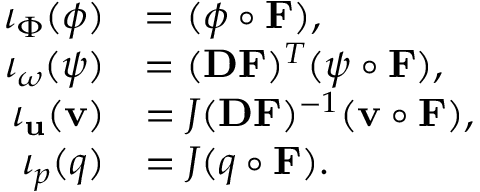
\begin{array} { r l } { \iota _ { \Phi } ( \phi ) } & { = ( \phi \circ \mathbf { F } ) , } \\ { \iota _ { \boldsymbol { \omega } } ( \boldsymbol { \psi } ) } & { = ( \mathbf { D F } ) ^ { T } ( \boldsymbol { \psi } \circ \mathbf { F } ) , } \\ { \iota _ { \mathbf { u } } ( \mathbf { v } ) } & { = J ( \mathbf { D F } ) ^ { - 1 } ( { \mathbf { v } \circ \mathbf { F } } ) , } \\ { \iota _ { p } ( q ) } & { = J ( q \circ \mathbf { F } ) . } \end{array}